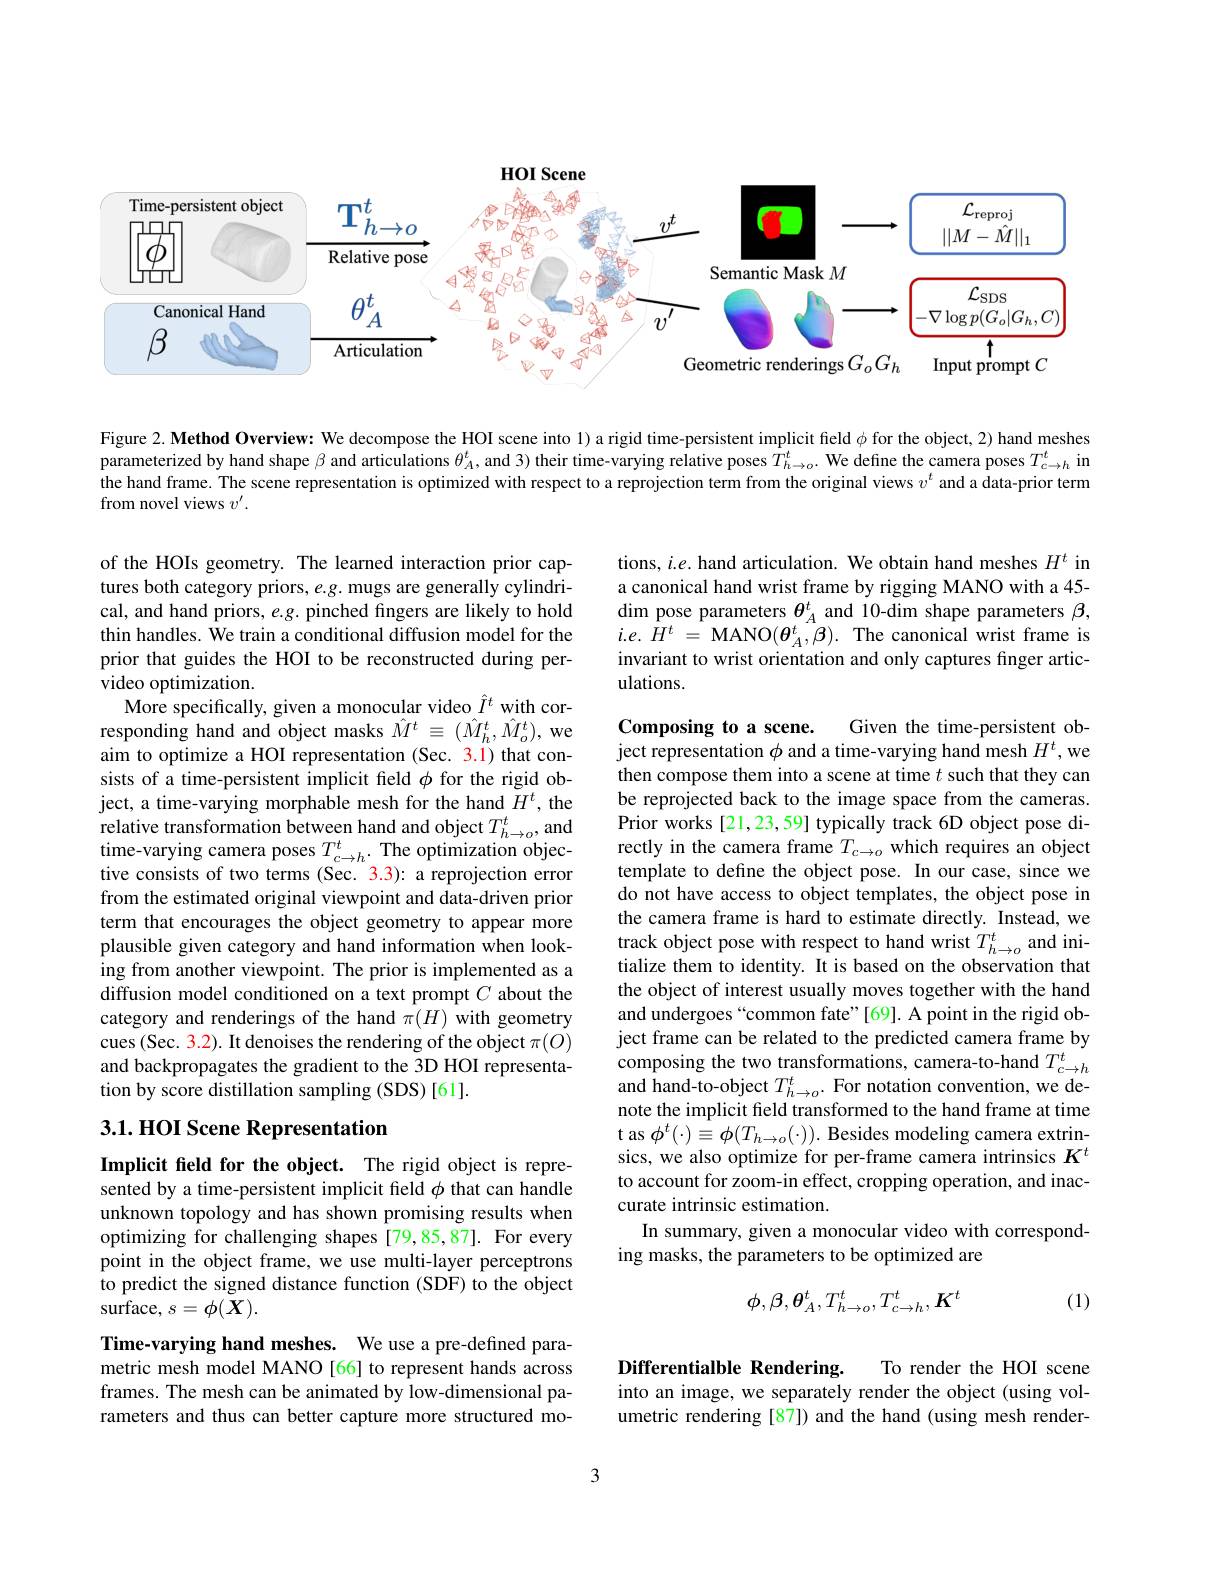
<FigureHere>

Figure 2. Method Overview: We decompose the HOI scene into 1) a rigid time-persistent implicit field $\phi$ for the object, 2) hand meshes parameterized by hand shape $\beta$ and articulations $\theta_A^t$, and 3) their time-varying relative poses $T_{h\to o}^t.$ We define the camera poses $T_{c\to h}^t$ in the hand frame. The scene representation is optimized with respect to a reprojection term from the original views $\upsilon^{t}$ and a data-prior term from novel views $v^\prime.$

of the HOIs geometry. The learned interaction prior captures both category priors, $e.g.$ mugs are generally cylindrical, and hand priors, e.g. pinched fingers are likely to hold thin handles. We train a conditional diffusion model for the prior that guides the HOI to be reconstructed during pervideo optimization.
More specifically, given a monocular video $\hat{I}^t$ with corresponding hand and object masks $\hat{M}^t\equiv(\hat{M}_h^t,\hat{M}_o^t)$, we aim to optimize a HOI representation (Sec. 3.1) that consists of a time-persistent implicit field $\phi$ for the rigid object, a time-varying morphable mesh for the hand $\tilde{H}^{t}$, the relative transformation between hand and object $T_{h\to o}^t$, and time-varying camera poses $T_{c\to h}^t.$ The optimization objective consists of two terms (Sec. 3.3): a reprojection error from the estimated original viewpoint and data-driven prior term that encourages the object geometry to appear more plausible given category and hand information when looking from another viewpoint. The prior is implemented as a diffusion model conditioned on a text prompt $C$ about the category and renderings of the hand $\pi(H)$ with geometry cues (Sec. 3.2). It denoises the rendering of the object $\pi(O)$ and backpropagates the gradient to the 3D HOI representation by score distillation sampling (SDS) [61].

## 3.1. HOI Scene Representation

Implicit feld for the object. The rigid object is represented by a time-persistent implicit feld $\phi$ that can handle unknown topology and has shown promising results when optimizing for challenging shapes [79,85,87]. For every point in the object frame, we use multi-layer perceptrons $\hat{\text{to predict the signed distance function (SDF) to the object}}$ $\operatorname{surface,}s=\phi(\dot{X}).$

Time-varying hand meshes. We use a pre-defined parametric mesh model MANO [66] to represent hands across frames. The mesh can be animated by low-dimensional parameters and thus can better capture more structured mo-

tions, $i.e.$ hand articulation. We obtain hand meshes $H^t$ in a canonical hand wrist frame by rigging MANO with a 45- dim pose parameters $\theta_A^t$ and 10-dim shape parameters $\beta$, $i. e. H^{t}$ = MANO$( \boldsymbol{\theta }_{A}^{t}, \boldsymbol{\beta }) .$ The canonical wrist frame is invariant to wrist orientation and only captures finger articulations.

Composing to a scene.
ject representation $\phi$ and a time-varying hand mesh $H^t$,we

Given the time-persistent ob-
then compose them into a scene at time $t$ such that they can be reprojected back to the image space from the cameras. Prior works [21,23,59] typically track 6D object pose directly in the camera frame $T_c\to o$ which requires an object template to define the object pose. In our case, since we do not have access to object templates, the object pose in the camera frame is hard to estimate directly. Instead, we $\begin{array}{l}\text{track object pose with respect to hand wrist }T_{h\to o}^{t}\text{and ini-}\\\text{tialize them to identity. It is based on the observation that}\end{array}$ the object of interest usually moves together with the hand and undergoes“common fate”[69]. A point in the rigid object frame can be related to the predicted camera frame by composing the two transformations, camera-to-hand $T_{c\to h}^t$ and hand-to-object $T_{h\to o}^{t}.$ For notation convention, we denote the implicit field transformed to the hand frame at time t as $\phi^{t}(\cdot)\equiv\phi(T_{h\to o}(\cdot)).$ Besides modeling camera extrinsics, we also optimize for per-frame camera intrinsics $K^t$ to account for zoom-in effect, cropping operation, and inaccurate intrinsic estimation.
In summary, given a monocular video with correspond-
ing masks, the parameters to be optimized are
$$\phi,\beta,\theta_A^t,T_{h\to o}^t,T_{c\to h}^t,K^t$$
(1)

Differentialble Rendering.
into an image, we separately render the object (using vol-

To render the HOI scene
umetric rendering [87]) and the hand (using mesh render-

3